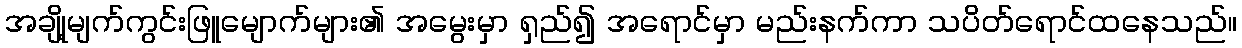
အချို့မျက်ကွင်းဖြူမျောက်များ၏ အမွေးမှာ ရှည်၍ အရောင်မှာ မည်းနက်ကာ သပိတ်ရောင်ထနေသည်။